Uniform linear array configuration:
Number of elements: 32
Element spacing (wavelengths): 0.25
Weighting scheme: cosine
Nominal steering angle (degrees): -60
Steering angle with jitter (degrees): -61.11
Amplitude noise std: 0.05
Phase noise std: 0.05

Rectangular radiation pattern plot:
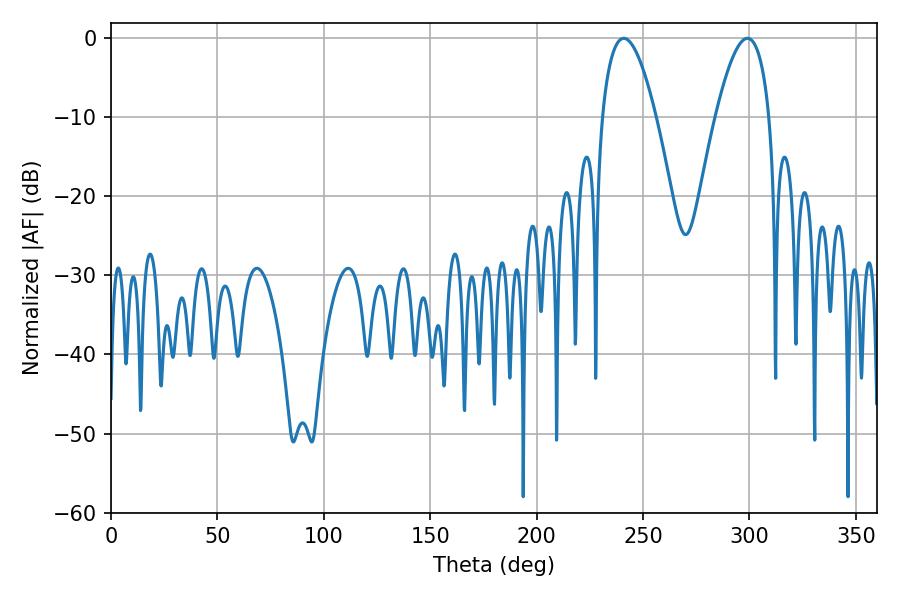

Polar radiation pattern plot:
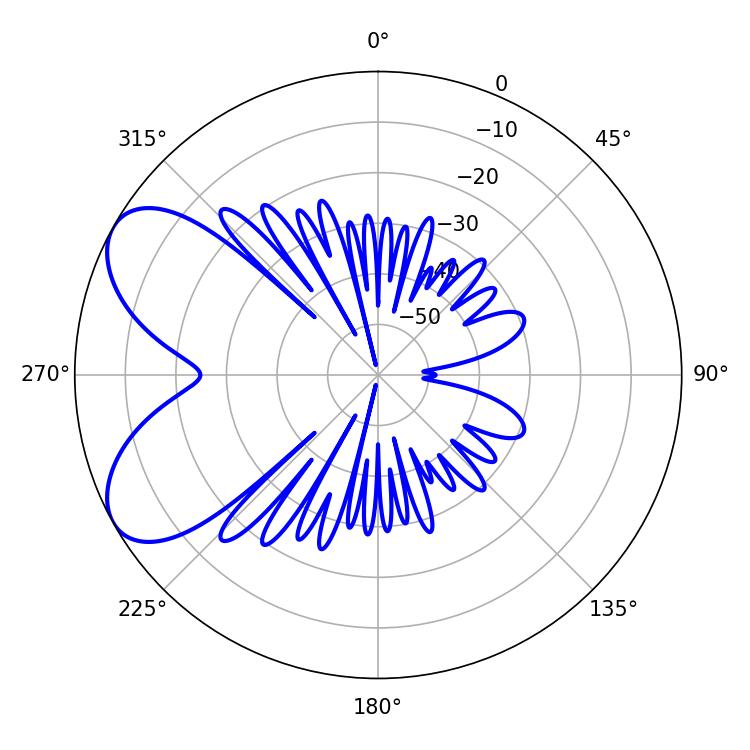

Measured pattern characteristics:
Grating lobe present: FALSE
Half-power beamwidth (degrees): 14.04
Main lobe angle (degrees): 298.98